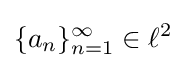
\{a_{n}\}_{n=1}^{\infty }\in \ell ^{2}